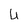
Character: U